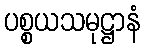
ပစ္စယသမုဋ္ဌာနံ